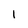
Character: I